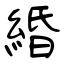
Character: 緍